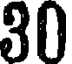
30